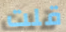
قلت